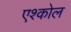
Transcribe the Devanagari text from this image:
एश्कोल